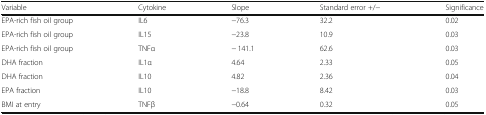
<table><thead><tr><td><b>Variable</b></td><td><b>Cytokine</b></td><td><b>Slope</b></td><td><b>Standard error +/−</b></td><td><b>Significance</b></td></tr></thead><tbody><tr><td>EPA-rich fish oil group</td><td>IL6</td><td>−76.3</td><td>32.2</td><td>0.02</td></tr><tr><td>EPA-rich fish oil group</td><td>IL15</td><td>−23.8</td><td>10.9</td><td>0.03</td></tr><tr><td>EPA-rich fish oil group</td><td>TNFα</td><td>− 141.1</td><td>62.6</td><td>0.03</td></tr><tr><td>DHA fraction</td><td>IL1α</td><td>4.64</td><td>2.33</td><td>0.05</td></tr><tr><td>DHA fraction</td><td>IL10</td><td>4.82</td><td>2.36</td><td>0.04</td></tr><tr><td>EPA fraction</td><td>IL10</td><td>−18.8</td><td>8.42</td><td>0.03</td></tr><tr><td>BMI at entry</td><td>TNFβ</td><td>−0.64</td><td>0.32</td><td>0.05</td></tr></tbody></table>